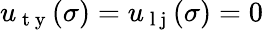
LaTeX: u_{\mathrm{~t~y~}}(\sigma)=u_{\mathrm{~l~j~}}(\sigma)=0